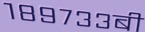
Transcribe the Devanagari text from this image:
१८९७३३बी